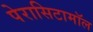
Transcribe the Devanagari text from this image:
पेरासिटामॉल